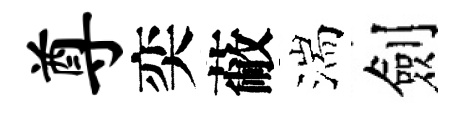
尊奕蔽湍劍